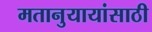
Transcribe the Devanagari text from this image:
मतानुयायांसाठी